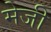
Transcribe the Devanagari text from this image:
मेजी